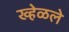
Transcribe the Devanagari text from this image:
ख्हेळले